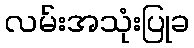
လမ်းအသုံးပြုခ